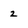
Character: 2